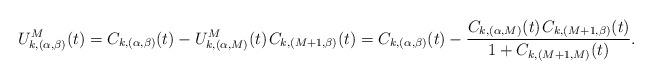
LaTeX: \begin{align*}U^M_{k,(\alpha,\beta)}(t) = C_{k,(\alpha,\beta)}(t) - U^M_{k,(\alpha,M)}(t) \kern+1pt C_{k,(M+1,\beta)}(t) = C_{k,(\alpha,\beta)}(t) - \frac{C_{k,(\alpha,M)}(t) \kern+1pt C_{k,(M+1,\beta)}(t)}{1+C_{k,(M+1,M)}(t)}.\end{align*}